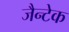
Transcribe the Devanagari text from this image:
जैन्टेक